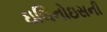
ઇલિનોઇસની